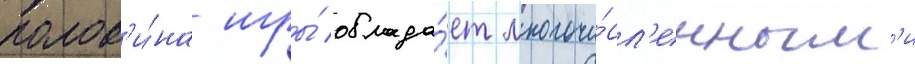
полов'и́на игры́ облада́ет многочи́сл'енным'и